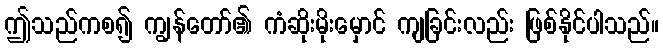
ဤသည်ကစ၍ ကျွန်တော်၏ ကံဆိုးမိုးမှောင် ကျခြင်းလည်း ဖြစ်နိုင်ပါသည်။